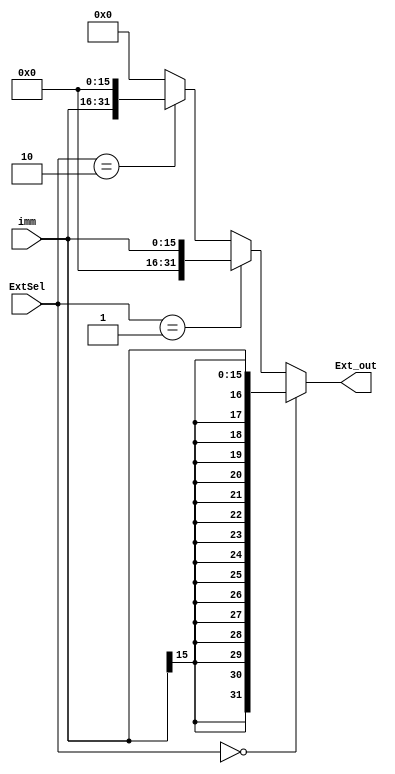
`define sign_ext 2'b00
`define zero_ext 2'b01
`define lui_ext 2'b10 

module D_EXT(
    input [15:0] imm,
    input [1:0] ExtSel,
    output [31:0] Ext_out
);
    assign Ext_out = (ExtSel == `sign_ext)? {{16{imm[15]}},imm} :
                     (ExtSel == `zero_ext)? {{16{1'b0}}, imm} :
                     (ExtSel == `lui_ext)? {imm, {16{1'b0}}} : 0;

endmodule